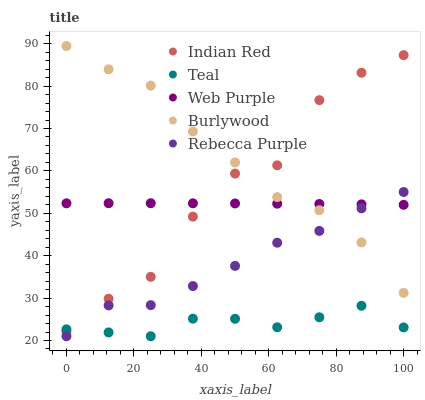
| xaxis_label | Indian Red | Teal | Web Purple | Burlywood | Rebecca Purple |
 | --- | --- | --- | --- | --- | --- |
 | 0 | 22.1 | 22.6 | 52.4 | 89.5 | 21 |
 | 12.5 | 29.8 | 21.9 | 52.4 | 84 | 28.3 |
 | 25 | 35 | 21 | 52.4 | 80.1 | 28.3 |
 | 37.5 | 49.2 | 25.2 | 52.4 | 69.3 | 32.8 |
 | 50 | 59.4 | 25.1 | 52.3 | 62 | 37.6 |
 | 62.5 | 61.3 | 23.1 | 52.3 | 53.8 | 43.1 |
 | 75 | 76.7 | 25.5 | 52.2 | 50.7 | 45.9 |
 | 87.5 | 83.2 | 28.2 | 52.1 | 43.1 | 51.2 |
 | 100 | 87.3 | 23.1 | 52 | 31.2 | 55 |